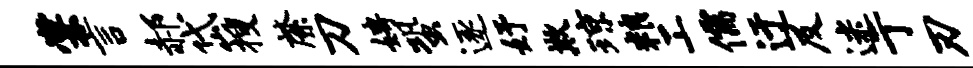
棠言郝岱搜綮刀娉蛩逐妤欺琼粮工儒迂及迷亍刃